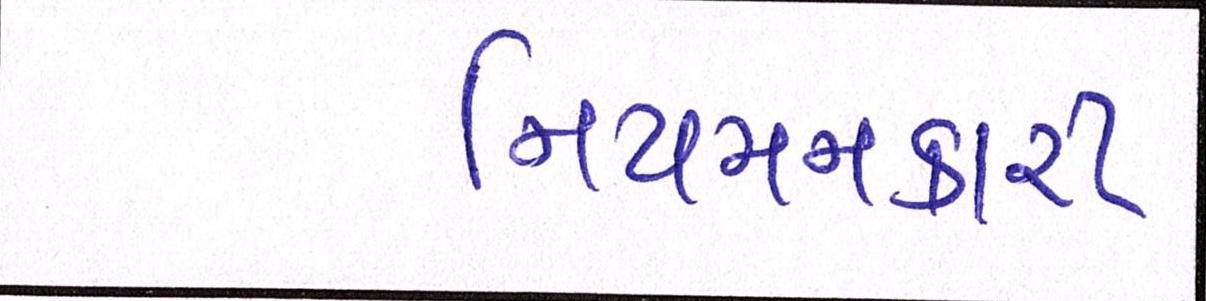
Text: નિયમનકારી